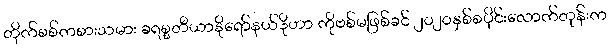
တိုက်စစ်ကစားသမား ခရစ္စတီယာနိုရော်နယ်ဒိုဟာ ကိုဗစ်မဖြစ်ခင် ၂၀၂၀နှစ်စပိုင်းလောက်တုန်းက